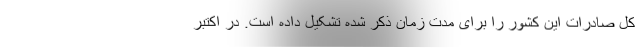
کل صادرات این کشور را برای مدت زمان ذکر شده تشکیل داده است. در اکتبر